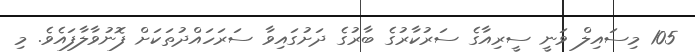
105 މިސައިލް ވަނީ ސީރިއާގެ ސަރުކާރުގެ ބާރުގެ ދަށުގައިވާ ސަރަހައްދުތަކަށް ފޮނުވާލާފައެވެ. މި